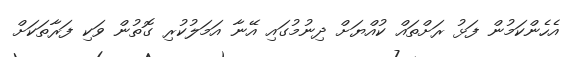
އެހެންކަމުން ފަޅު ރަށްތައް ކުއްޔަށް ދިނުމުގައި އޭނާ އަމަލުކުރި ގޮތުން ވަކި ފަރާތަކަށް